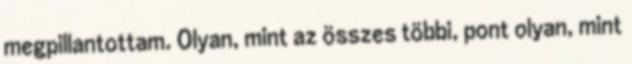
megpillantottam. Olyan, mint az összes többi, pont olyan, mint